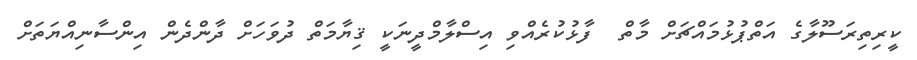
ކީރިތިރަސޫލާގެ އަތްޕުޅުމައްޗަށް މާތް  ފާޅުކުރެއްވި އިސްލާމްދީނަކީ ޤިޔާމަތް ދުވަހަށް ދާންދެން އިންސާނިއްޔަތަށް